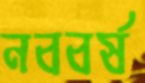
নববর্ষ